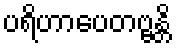
ပရိဟာပေတဗ္ဗန္တိ